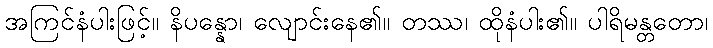
အကြင်နံပါးဖြင့်။ နိပန္နော၊ လျောင်းနေ၏။ တဿ၊ ထိုနံပါး၏။ ပါရိမန္တတော၊